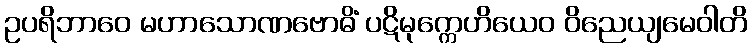
ဥပရိဘာဝေ မဟာသောဏဗောဓိံ ပဋိမုက္ကေဟိယေဝ ဝိညေယျမေဝါတိ